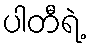
ပါတီရဲ့